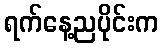
ရက်နေ့ညပိုင်းက